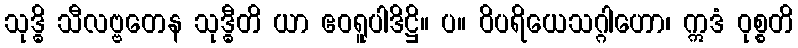
သုဒ္ဓိ သီလဗ္ဗတေန သုဒ္ဓီတိ ယာ ဧဝရူပါဒိဋ္ဌိ။ ပ။ ဝိပရိယေသဂ္ဂါဟော၊ ဣဒံ ဝုစ္စတိ